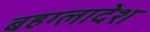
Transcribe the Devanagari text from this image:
बहग्लादेश